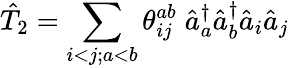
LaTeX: \hat{T}_{2}=\sum_{i<j;a<b}\theta_{ij}^{ab}\; \hat{a}_{a}^{\dagger}\hat{a}_{b}^{\dagger}\hat{a}_{i}\hat{a}_{j}